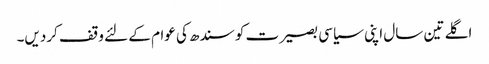
اگلے تین سال اپنی سیاسی بصیرت کو سندھ کی عوام کے لئے وقف کردیں۔